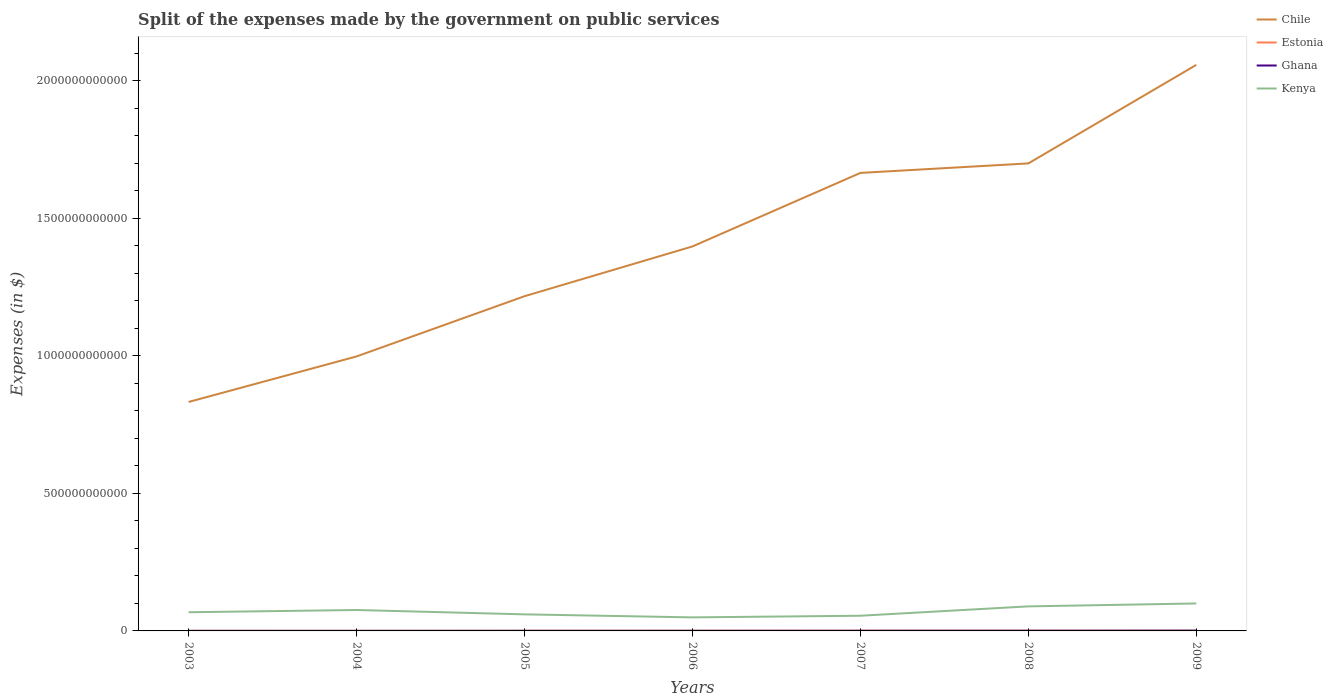
| Years | Chile | Estonia | Ghana | Kenya |
 | --- | --- | --- | --- | --- |
 | 2003 | 8.32e+11 | 4.29e+08 | 2.06e+08 | 6.79e+10 |
 | 2004 | 9.98e+11 | 4.04e+08 | 2.46e+08 | 7.61e+10 |
 | 2005 | 1.22e+12 | 4.46e+08 | 4.02e+08 | 6.02e+10 |
 | 2006 | 1.4e+12 | 5.12e+08 | 4.57e+08 | 4.92e+10 |
 | 2007 | 1.67e+12 | 5.78e+08 | 6.16e+08 | 5.52e+10 |
 | 2008 | 1.7e+12 | 6.6e+08 | 7.44e+08 | 8.93e+10 |
 | 2009 | 2.06e+12 | 6.36e+08 | 1.09e+09 | 9.98e+10 |